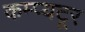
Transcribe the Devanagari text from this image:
कम्प्यटूर